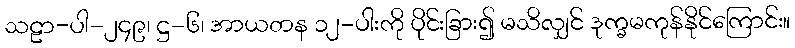
သဠာ-ပါ-၂၄၉၊ ဋ္ဌ-၆၊ အာယတန ၁၂-ပါးကို ပိုင်းခြား၍ မသိလျှင် ဒုက္ခမကုန်နိုင်ကြောင်း။